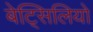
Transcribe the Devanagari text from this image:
बेट्सिलियो